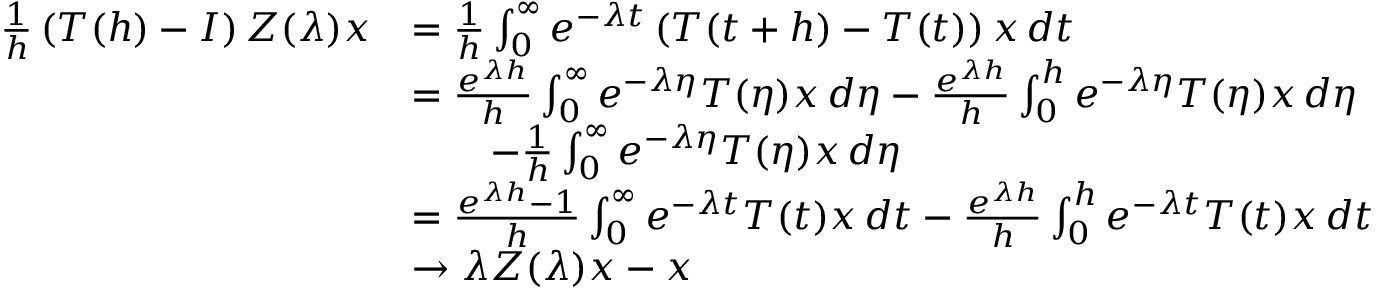
\begin{array} { r l } { \frac { 1 } { h } \left( T ( h ) - I \right) Z ( \lambda ) x } & { = \frac { 1 } { h } \int _ { 0 } ^ { \infty } e ^ { - \lambda t } \left( T ( t + h ) - T ( t ) \right) x \, d t } \\ & { = \frac { e ^ { \lambda h } } { h } \int _ { 0 } ^ { \infty } e ^ { - \lambda \eta } T ( \eta ) x \, d \eta - \frac { e ^ { \lambda h } } { h } \int _ { 0 } ^ { h } e ^ { - \lambda \eta } T ( \eta ) x \, d \eta } \\ & { \qquad - \frac { 1 } { h } \int _ { 0 } ^ { \infty } e ^ { - \lambda \eta } T ( \eta ) x \, d \eta } \\ & { = \frac { e ^ { \lambda h } - 1 } { h } \int _ { 0 } ^ { \infty } e ^ { - \lambda t } T ( t ) x \, d t - \frac { e ^ { \lambda h } } { h } \int _ { 0 } ^ { h } e ^ { - \lambda t } T ( t ) x \, d t } \\ & { \to \lambda Z ( \lambda ) x - x } \end{array}